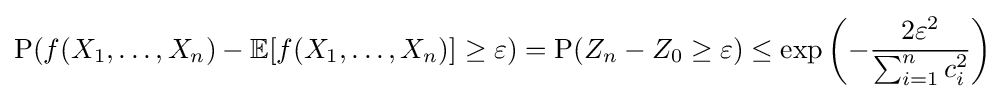
{\text{P}}(f(X_{1},\ldots ,X_{n})-\mathbb {E} [f(X_{1},\ldots ,X_{n})]\geq \varepsilon )=\operatorname {P} (Z_{n}-Z_{0}\geq \varepsilon )\leq \exp \left(-{\frac {2\varepsilon ^{2}}{\sum _{i=1}^{n}c_{i}^{2}}}\right)